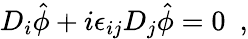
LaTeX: D_{i}\hat{\phi}+i\epsilon_{ij}D_{j}\hat{\phi}=0~~,